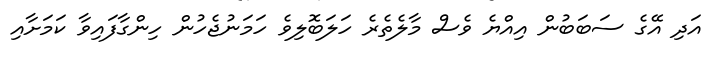
އަދި އޭގެ ސަބަބުން އިއްޔެ ވެސް މާލެތެރެ ހަލަބޮލިވެ ހަމަނުޖެހުން ހިންގާފައިވާ ކަމަށާއި